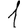
Digit: 1